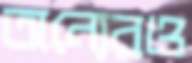
অন্যেরও